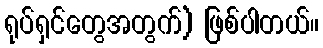
ရုပ်ရှင်တွေအတွက်) ဖြစ်ပါတယ်။